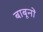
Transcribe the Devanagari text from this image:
बाबूनों